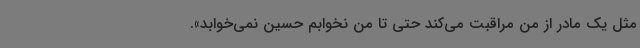
مثل یک مادر از من مراقبت می‌کند حتی تا من نخوابم حسین نمی‌خوابد».